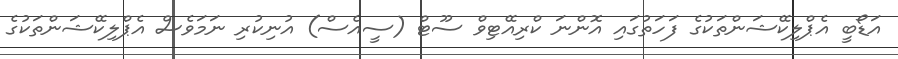
އަޑޯބީ އެޕްލިކޭޝަންތަކުގެ ފަހަތުގައި އޮންނަ ކްރިއޭޓިވް ސޫޓް (ސީއެސް) އުނިކުރި ނަމަވެސް އެޕްލިކޭޝަންތަކުގެ